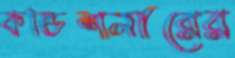
কন্ডিশনারের